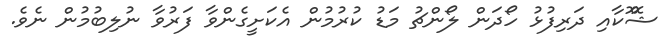
ޝޮޮކާއި ދަރިފުޅު ހޯދަން ލޯންޗު މަޑު ކުރުމުން އެކަށީގެންވާ ފަރުވާ ނުލިބުމުން ނެވެ.